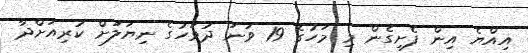
އިއްޔެ އިން ފެށިގެން މި މަހުގެ 19 ވަނަ ދުވަހުގެ ނިޔަލަށް ކުރިއަށްދާ